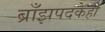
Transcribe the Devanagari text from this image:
ब्राँझपदकेही